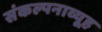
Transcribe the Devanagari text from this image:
संकल्पनाव्यूह